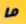
ما